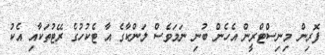
ފޮރިން މިނިސްޓްރީން އެހެން ބުނި ނަމަވެސް ލަންކާގެ އާ ޓެކުހުގެ ރޭޓުތަކާއި އެކު